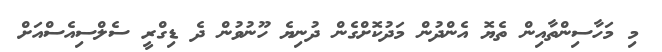
މި މަހާސިންތާއިން ތެޔޮ އެންދުން މަދުކޮށްގެން ދުނިޔެ ހޫނުވުން ދެ ޑިގްރީ ސެލްސިއެސްއަށް